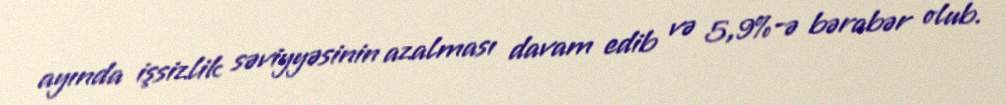
ayında işsizlik səviyyəsinin azalması davam edib və 5,9%-ə bərabər olub.